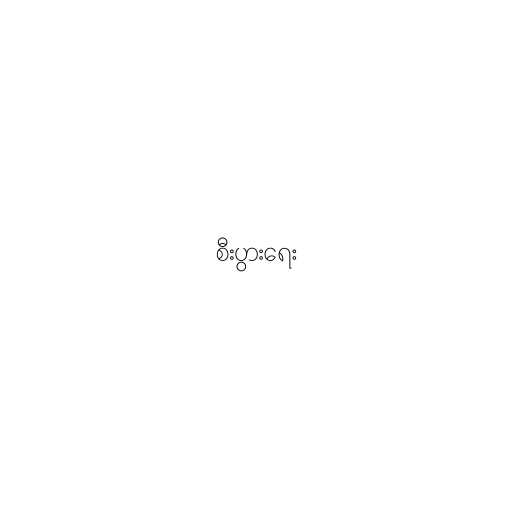
စီးပွားရေး